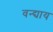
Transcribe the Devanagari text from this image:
वन्द्याय